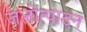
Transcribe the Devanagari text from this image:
जलोत्पादन